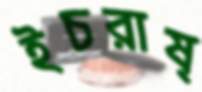
ইচরাষ্